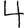
Digit: 4